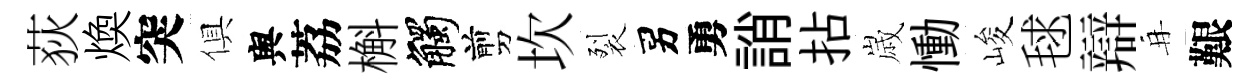
荻煥突俱舆荔槲觸剪坎裂男勇誚拈𡻕慟峻毬辯再艱